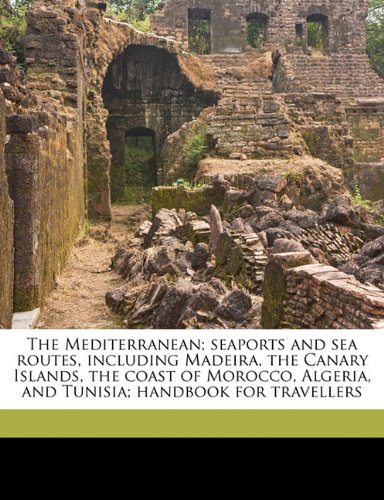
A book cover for The Mediterranean; seaports and sea routes, including Madeira, the Canary Islands, the coast of Morocco, Algeria, and Tunisia; handbook for travellers; Karl Baedeker; Travel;